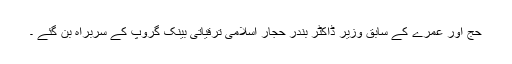
حج اور عمرے کے سابق وزیر ڈاکٹر بندر حجار اسلامی ترقیاتی بینک گروپ کے سربراہ بن گئے ۔